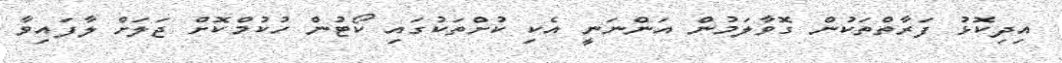
އިދިކޮޅު ފަރާތްތަކުން ގޮވާލަމުން އަންނަނީ އެކި ކުށްތަކުގައި ކޯޓުން ހުކުމްކޮށް ޖަލަށް ލާފައިވާ